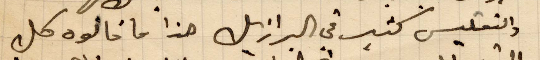
والتفليس كثير في البرازيل هذا ما قالوه كل